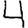
Digit: 4